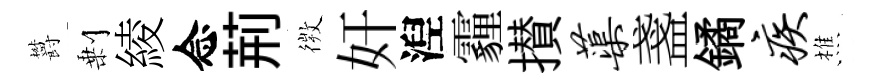
欝剰綾念荊𢕄奸湼霾攅蕖盞鐍疾樵